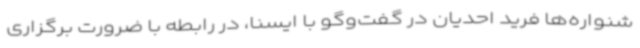
شنواره‌ها فرید احدیان در گفت‌وگو با ایسنا، در رابطه با ضرورت برگزاری